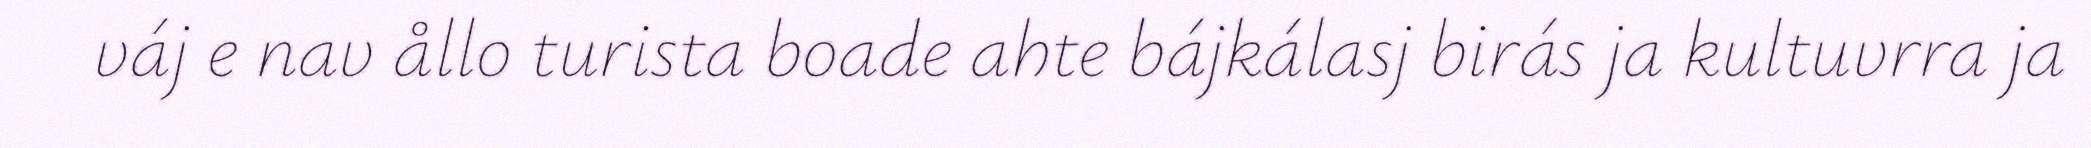
váj e nav ållo turista boade ahte bájkálasj birás ja kultuvrra ja